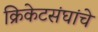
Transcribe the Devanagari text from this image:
क्रिकेटसंघांचे